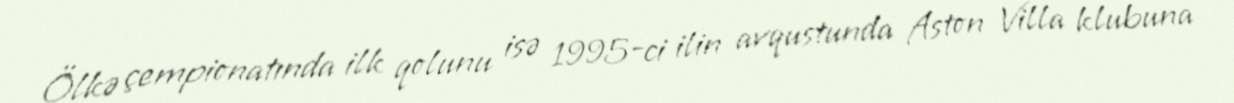
Ölkə çempionatında ilk qolunu isə 1995-ci ilin avqustunda Aston Villa klubuna